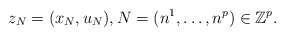
\begin{align*}z_N = (x_N,u_N),N=(n^1,\ldots,n^p)\in \mathbb{Z}^p.\end{align*}